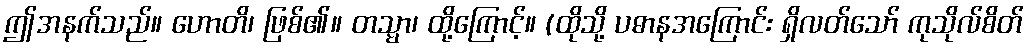
ဤအနက်သည်။ ဟောတိ၊ ဖြစ်၏။ တသ္မာ၊ ထို့ကြောင့်။ (ထိုသို့ ပဓာနအကြောင်း ရှိလတ်သော် ကုသိုလ်စိတ်